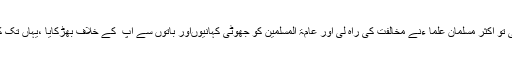
لیکن جب مسیح موعود کی آمد ہوئی تو اکثر مسلمان علما ءنے مخالفت کی راہ لی اور عامۃ المسلمین کو جھوٹی کہانیوںاور باتوں سے آپ ؑ کے خلاف بھڑکایا ،یہاں تک کہ قتل کے فتوے دیے جانے لگے۔